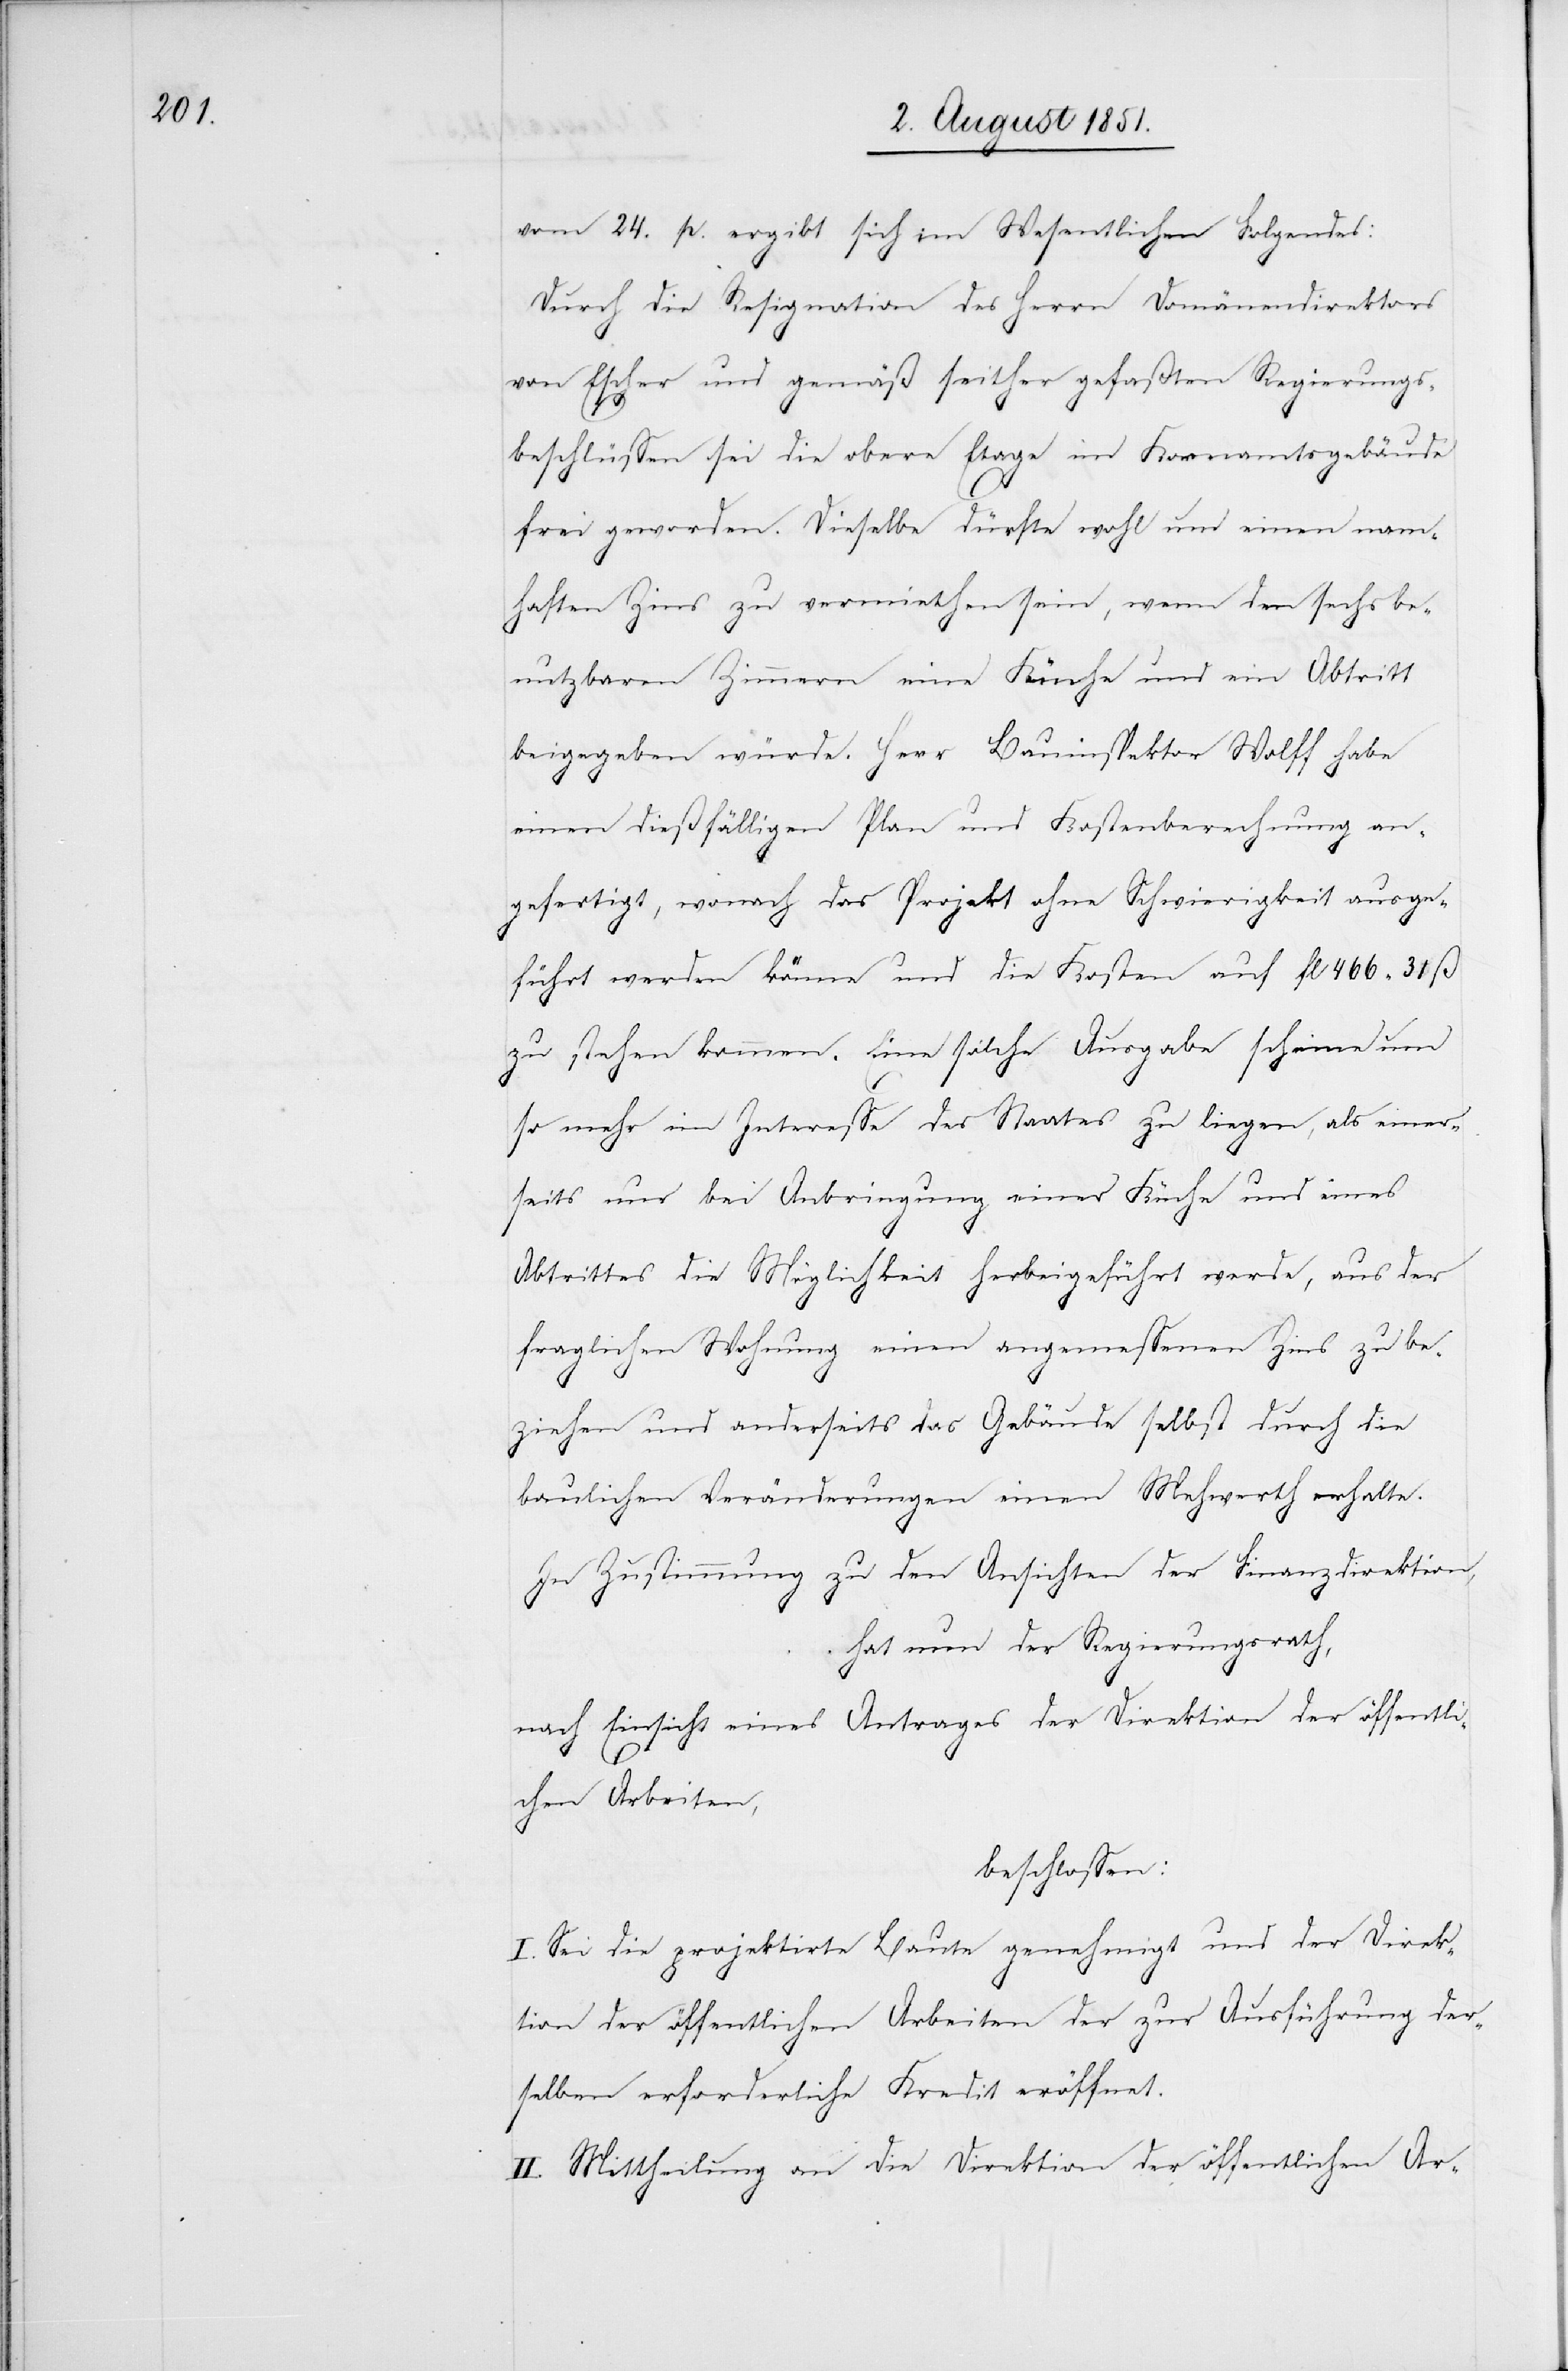
vom 24. p. ergibt sich im Wesentlichen Folgendes:
Durch die Resignation des Herrn Domänendirektors
von Escher und gemäß seither gefaßten Regierungs¬
beschlüssen sei die obere Etage im Kornamtsgebäude
frei geworden. Dieselbe dürfte wohl um einen nam¬
haften Zins zu vermiethen sein, wenn den sechs be¬
nutzbaren Zimmern eine Küche und ein Abtritt
beigegeben würde. Herr Bauinspektor Wolff habe
einen dießfälligen Plan und Kostenberechnung an¬
gefertigt, wonach das Projekt ohne Schwierigkeit ausge¬
führt werden könne und die Kosten auf fl 466 31 ß
zu stehen kommen. Eine solche Ausgabe scheine um
so mehr im Interesse des Staates zu liegen, als einer¬
seits nur bei Anbringung einer Küche und eines
Abtrittes die Möglichkeit herbeigeführt werde, aus der
fraglichen Wohnung einen angemessenen Zins zu be¬
ziehen und anderseits das Gebäude selbst durch die
baulichen Veränderungen einen Meh[r]werth erhalte.
In Zustimmung zu den Ansichten der Finanzdirektion,
hat nun der Regierungsrath,
nach Einsicht eines Antrages der Direktion der öffentli¬
chen Arbeiten,
beschlossen:
I. Sei die projektirte Baute genehmigt und der Direk¬
tion der öffentlichen Arbeiten der zur Ausführung der¬
selben erforderliche Kredit eröffnet.
II. Mittheilung an die Direktion der öffentlichen Ar-